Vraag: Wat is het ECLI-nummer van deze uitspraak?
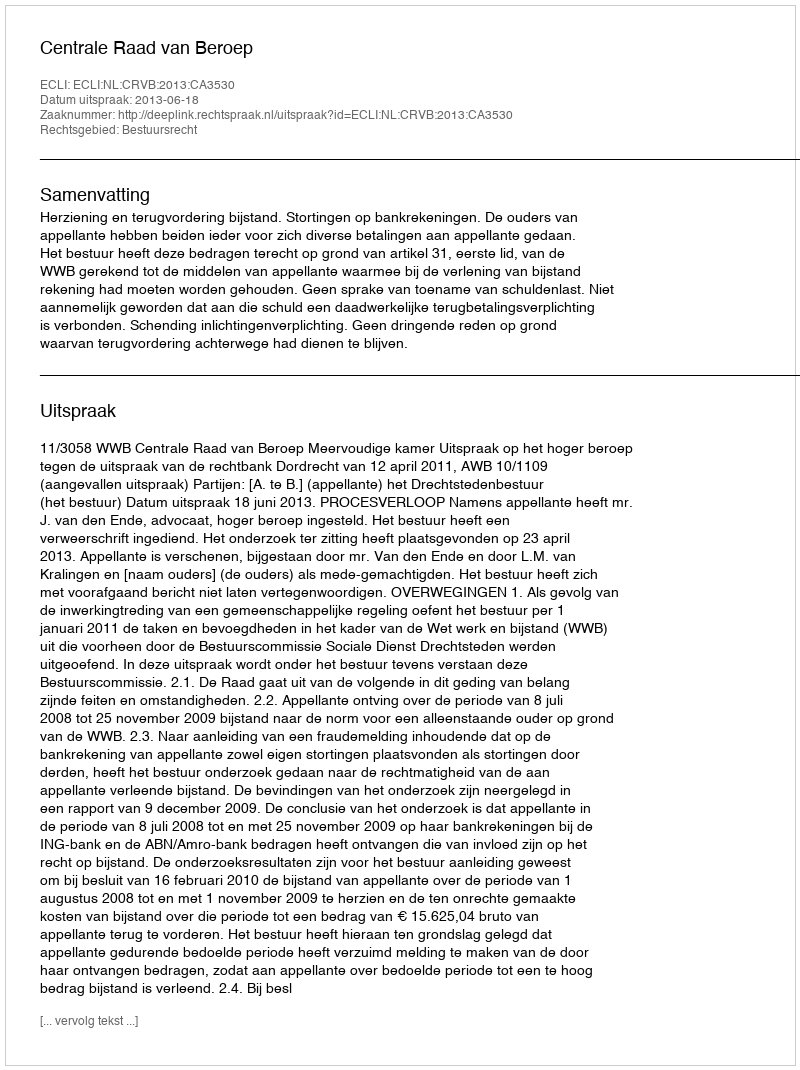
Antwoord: ECLI:NL:CRVB:2013:CA3530